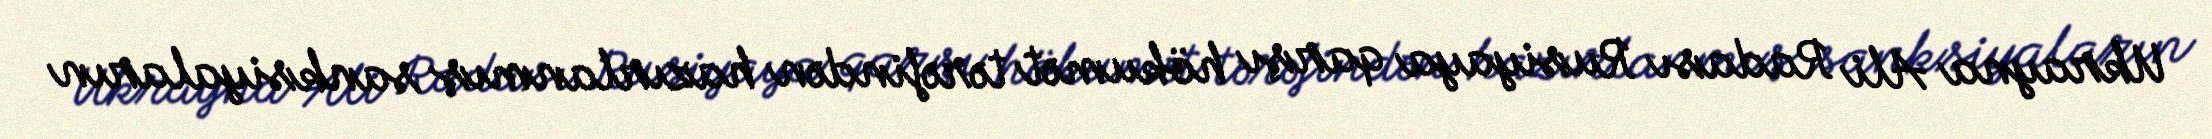
Ukrayna Ali Radası Rusiyaya qarşı hökumət tərəfindən hazırlanmış sanksiyaların